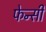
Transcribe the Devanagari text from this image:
फेन्सी